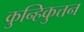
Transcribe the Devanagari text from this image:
कुन्हिकुत्तन